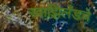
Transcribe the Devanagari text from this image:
स्वाझिलँडचे